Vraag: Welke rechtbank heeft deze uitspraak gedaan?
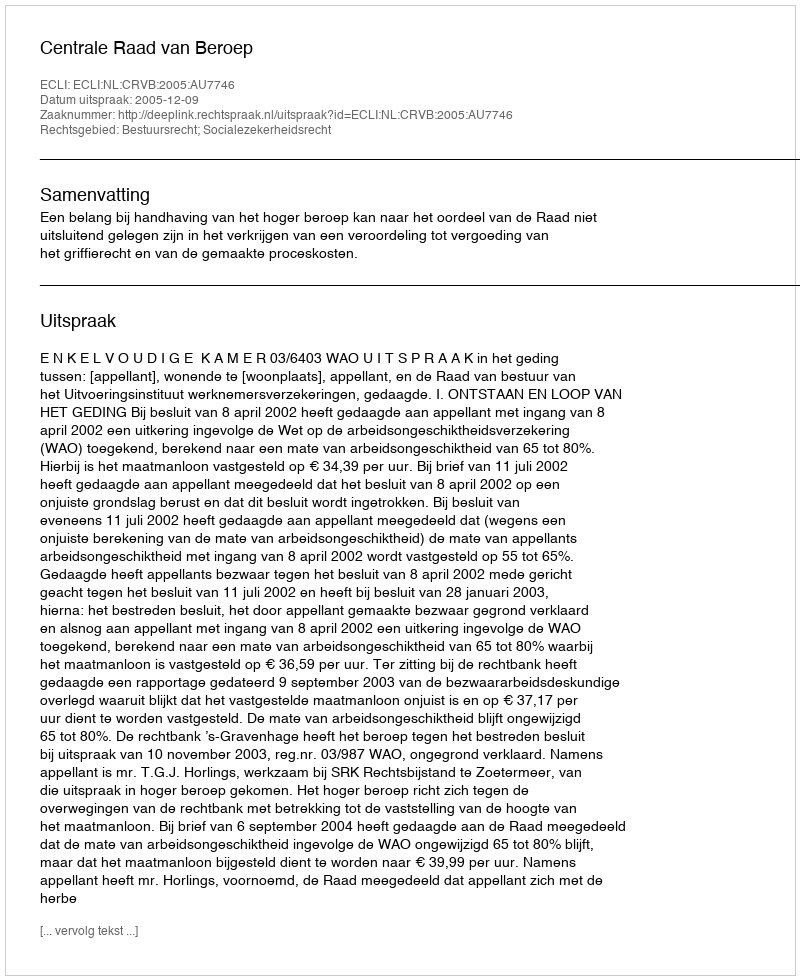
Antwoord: Centrale Raad van Beroep